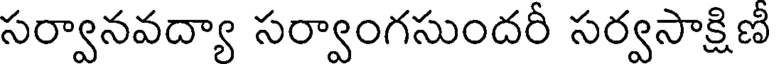
సర్వానవద్యా సర్వాంగసుందరీ సర్వసాక్షిణీ